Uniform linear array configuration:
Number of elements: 4
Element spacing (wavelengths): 1
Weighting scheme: blackman
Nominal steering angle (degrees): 30
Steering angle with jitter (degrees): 30.585
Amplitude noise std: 0.05
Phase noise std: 0.05

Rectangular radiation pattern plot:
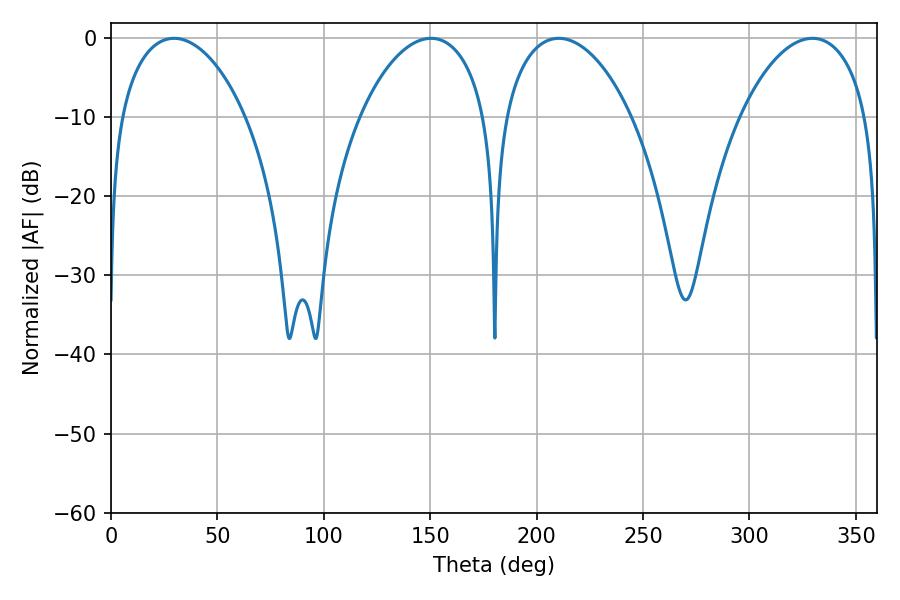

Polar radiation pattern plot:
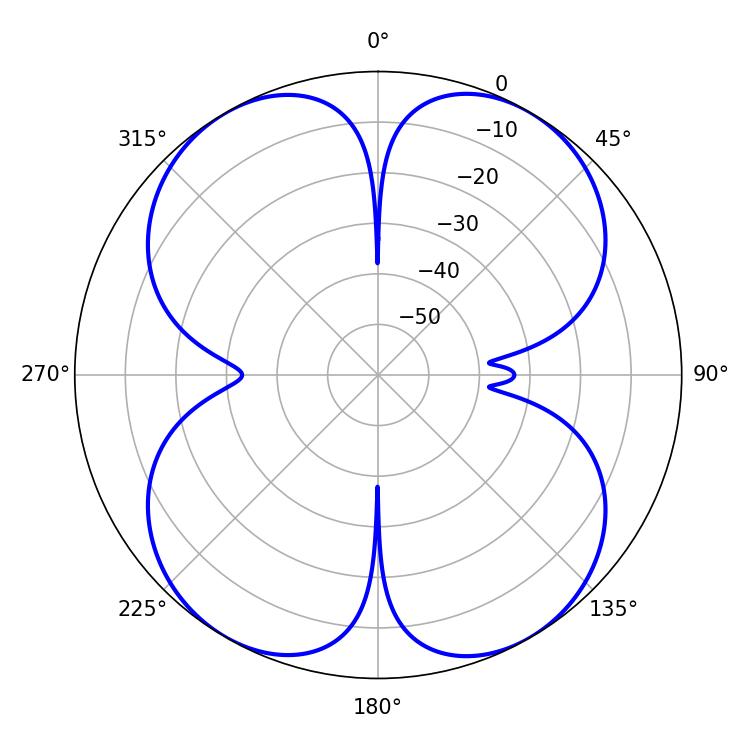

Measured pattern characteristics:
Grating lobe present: TRUE
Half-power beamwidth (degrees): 34.02
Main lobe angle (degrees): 210.42